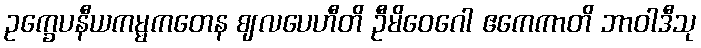
ဥက္ခေပနီယကမ္မကတေန ဈလပေဟီတိ ဦမိဝေဂေါ ဧကေကာတိ ဘာဝါဒီသု